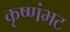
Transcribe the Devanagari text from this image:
कृष्णंभट